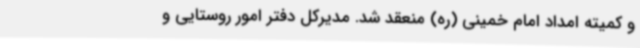
و کمیته امداد امام خمینی (ره) منعقد شد. مدیرکل دفتر امور روستایی و